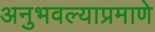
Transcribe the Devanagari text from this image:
अनुभवल्याप्रमाणे